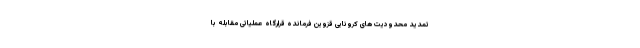
تمدید محدودیت‌ های کرونایی قزوین فرمانده قرارگاه عملیاتی مقابله با